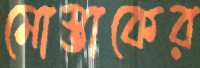
মোস্তাকের